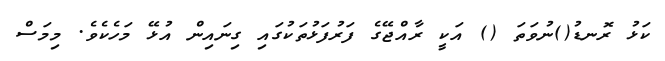
ކަޅު ރޮނޑު()ނުވަތަ () އަކީ ރާއްޖޭގެ ފަރުފަޅުތަކުގައި ގިނައިން އުޅޭ މަހެކެވެ. މިމަސް